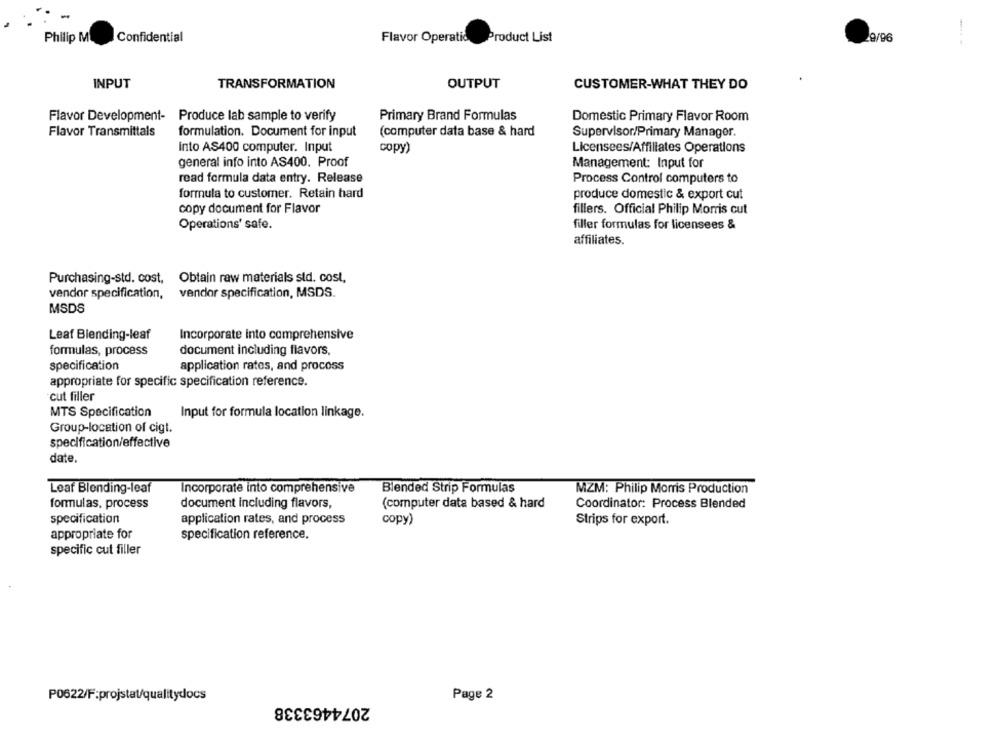
Confidential
29/96
Philip M
Flavor Operatic
Product List
---
INPUT
TRANSFORMATION
OUTPUT
CUSTOMER-WHAT THEY DO
Flavor Development- Produce lab sample to verify
Primary Brand Formulas
Domestic Primary Flavor Room
Flavor Transmittals
formulation. Document for input
(computer data base & hard
Supervisor/Primary Manager.
Into AS400 computer. Input
copy)
Licensees/Affiliates Operations
general info into AS400. Proof
Management: Input for
read formula data entry. Release
Process Control computers to
formula to customer. Retain hard
produce domestic & export cut
copy document for Flavor
fillers. Official Philip Morris cut
Operations' safe.
filler formulas for licensees &
affiliates.
Purchasing-std. cost, Obtain raw materials std. cost,
vendor specification, vendor specification, MSDS.
MSDS
Leaf Blending-leaf
Incorporate into comprehensive
formulas, process
document including flavors.
specification
application rates, and procoss
appropriate for specific specification reference.
cut filler
MTS Specification
Input for formula location linkage.
Group-location of cigt.
specification/effective
date.
Leaf Blending-leaf
Incorporate into comprehensive
Blended Strip Formulas
MZM: Philip Morris Production
formulas, process
document including flavors,
(computer data based & hard
Coordinator: Process Blended
specification
application rates, and process
copy)
Strips for export.
appropriate for
specification reference.
specific cut filler
P0622/F:projstat/qualitydocs
Page 2
2074463338